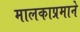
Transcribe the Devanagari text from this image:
मालकाप्रमाने